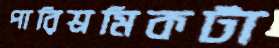
পারিশ্রমিকটা